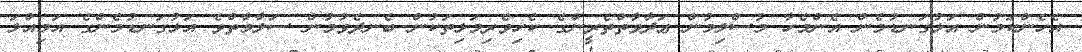
އެހެންކަމުން އަޅުގަނޑުމެން އެންމެހާ މުސްލިމުން ޢަދާވާތްތެރީންގެ ކެހިވެރިމަޅިތަކުން ބެނދެވުމުން ސަލާމާތްވެ އަޅުގަނޑުމެންގެ އަމިއްލަ